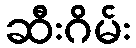
ဆီးဂိမ်း